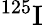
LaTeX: {}^{125}\mathrm{I}